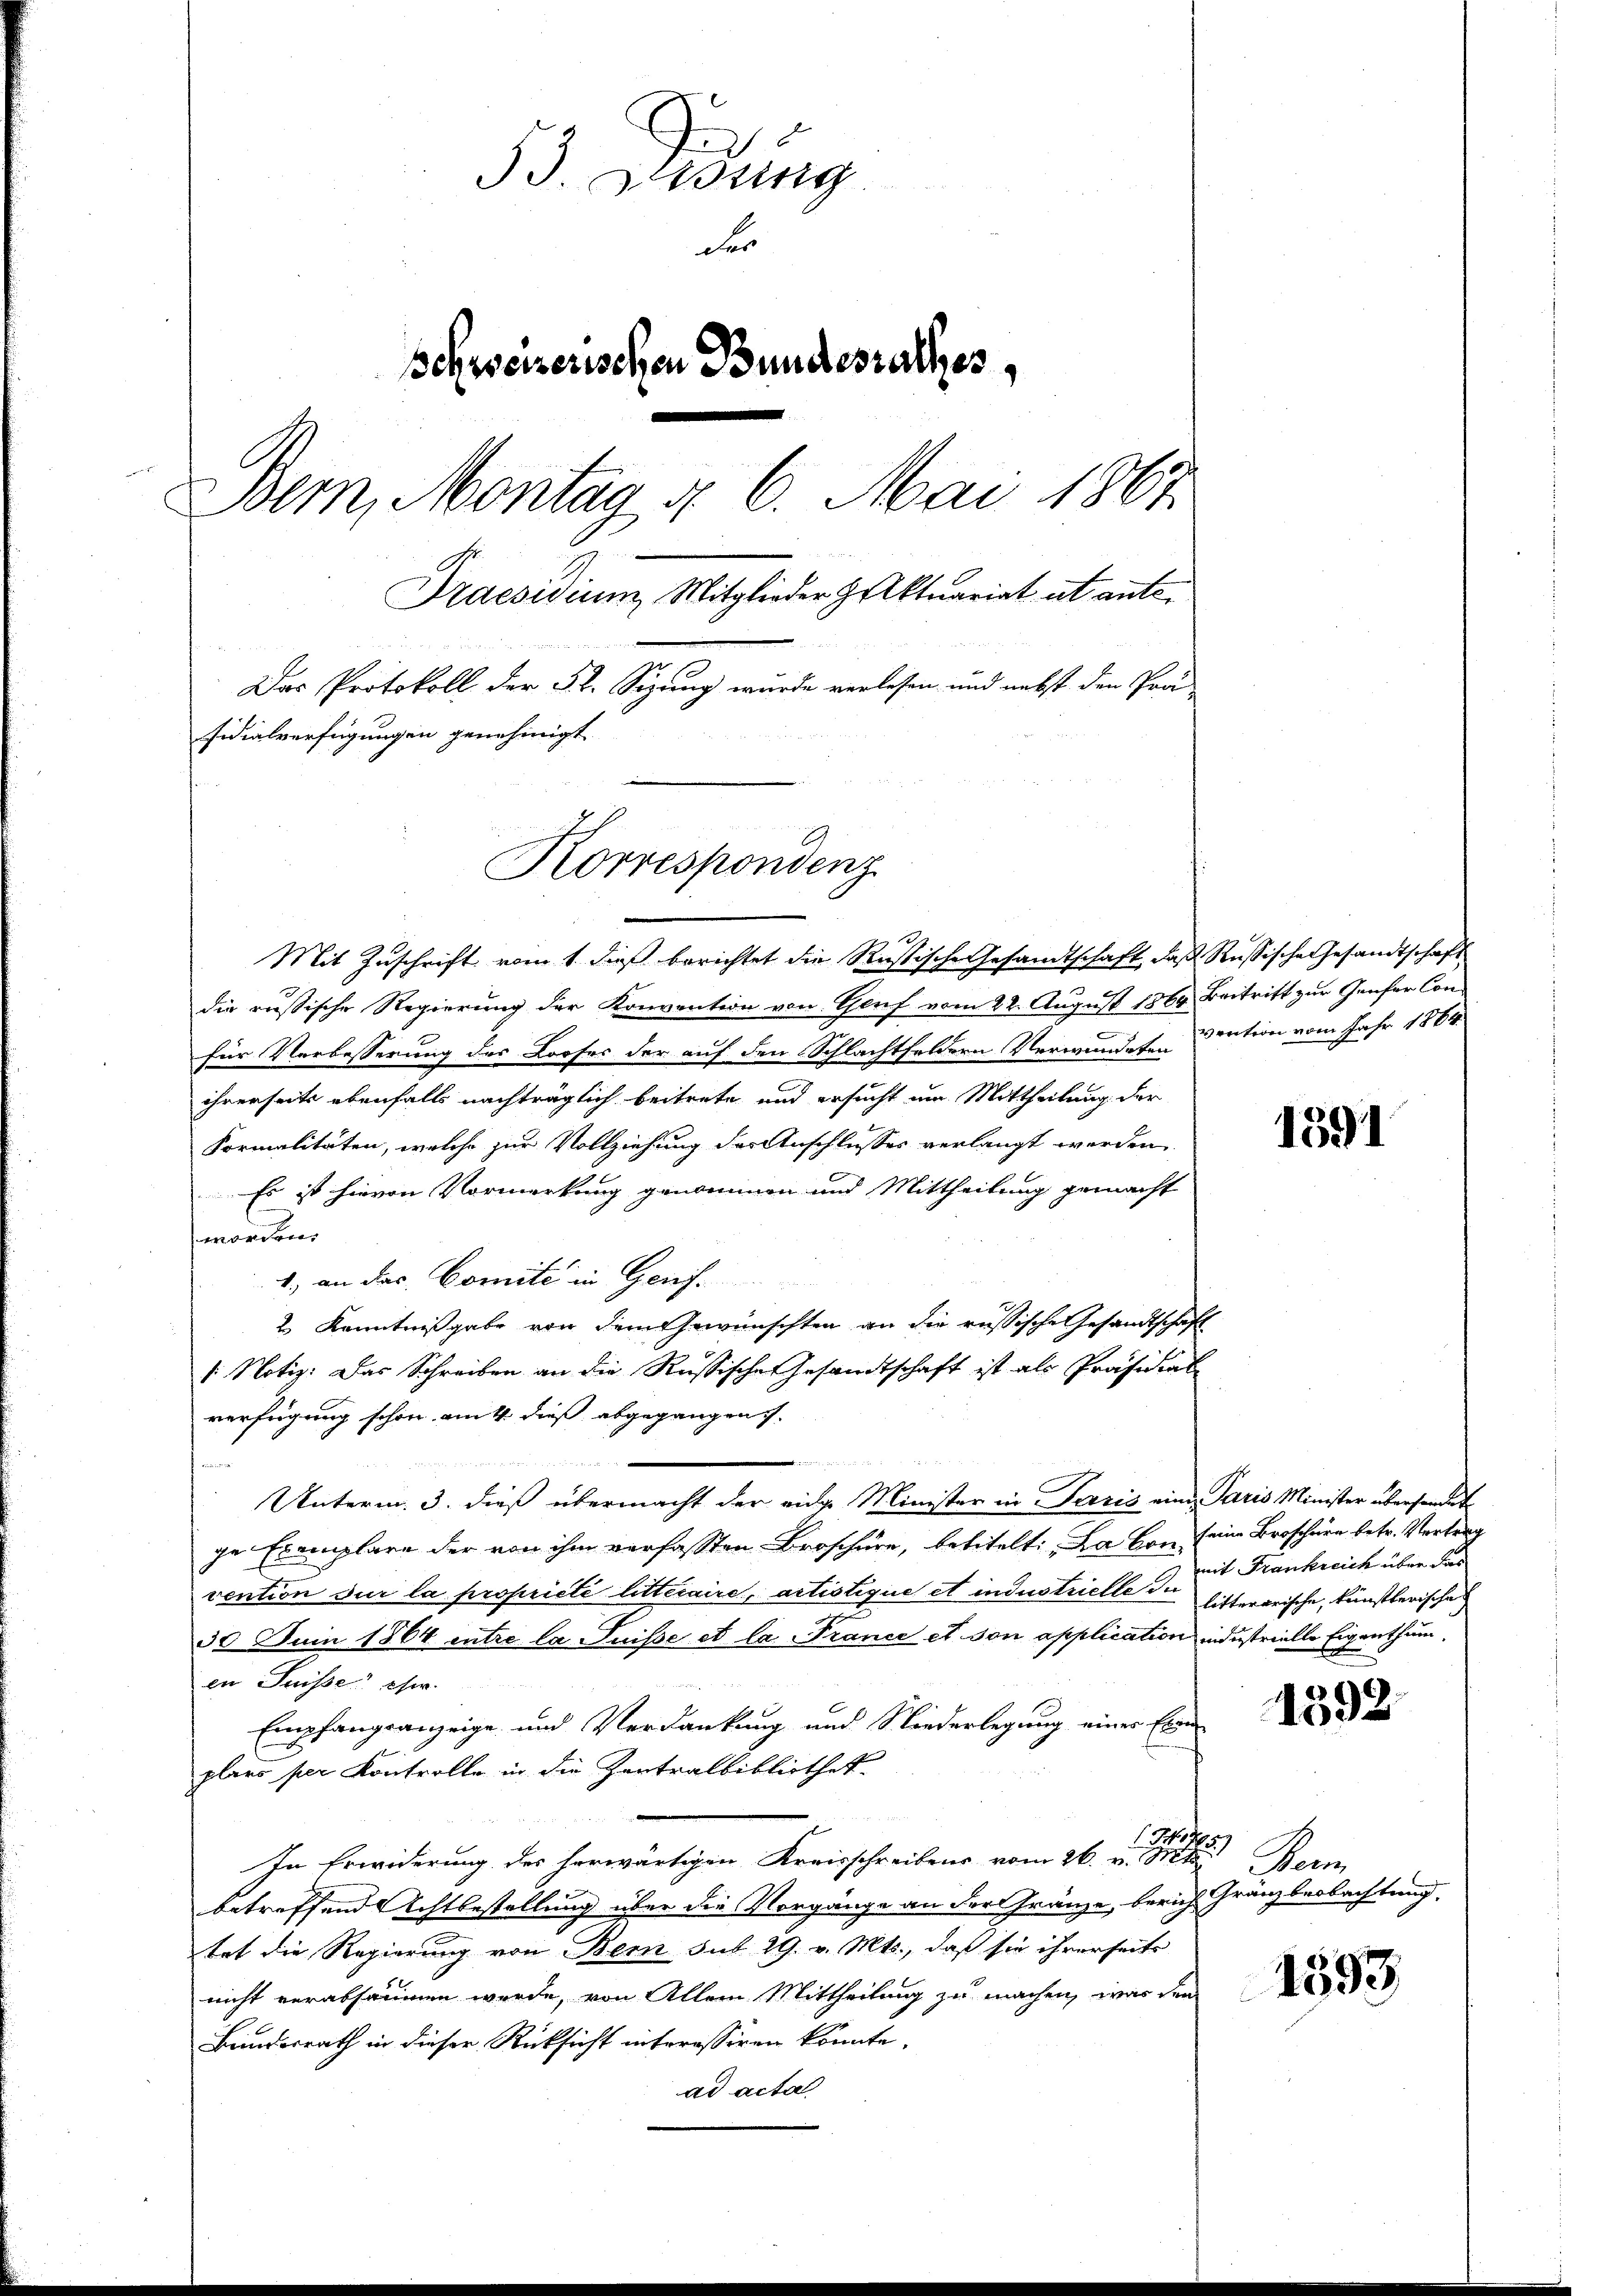
53. Lessing
der
schweizerischen Bundesrathes,
Bem, Montag §. 6. Mai 1867
Praesidium Mitglieder Aktuariat ut ante.
Das Protokoll der 52. Sizung wurde verlesen und nebst den Prä
sidialverfügungen genehmigt.
Korrespondenz

1
Mit Zuschrift vom 1. dieß berichtet die Rastische Gesandtschaft, daß Russische Gesandtschaft
die russische Regierung der Konvention von Gluf vom 22. August 1869 Beitritt zur Genfer Confür Verbesserung des Looses der auf den Schlachtfeldern Verwundete Cention vom Jahr 1864
ihrerseits ebenfalls nachträglich beitrete und ersucht um Mittheilung der
Formalitäten, welche zur Vollziehung der Anschlusses verlangt werden.
Es ist hievon Vormerkung genommen und Mittheilung gemacht
worden.
1.) an das Comite in Genf.
2 Kenntnißgabe von dem Gewünschten an die russische Gesandtschaft
/: Notiz: Das Schreiben an die Russische Gesandtschaft ist als Präsidial
verfügung schon am 4. dieß abgegangen.
e

s
Unterm 3. dieß übermacht der eidge Minister in Paris eine Paris Minister überfordert
ge Exemplare der von ihm verfassten Broschüre, betitelt: Da von seine Broschüre betr. Vertrag
vention sur la propriété litteraire, artistique et industrielle de sitterarische, künstlerische
30 Juin 1864 entre la Suisse et la France et son application industrielle Eigenthum.
en Suisse eher.
M 8
Empfangsanzeige und Verdankung und Niederlegung einer Ein
plars per Kontrolle in die Zentralbibliothek
1 No 1705)
In Erwiderung des herwärtigen Kreisschreibens vom 26. v. Mts. Bern
betreffend Achtbestellung über die Vorgänge an der Gränze, berich Gränzbeobachtung,
tet die Regierung von Bern sub 29. v. Mts., daß sie ihrerseits
nicht verabsäumen werde, von Allem Mittheilung zu machen, was dem
Bundesrath in dieser Rücksicht interessiren könnte.
ad acta

1591

mit Frankreich über das

1592

1593